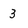
Character: 3